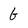
Character: G